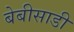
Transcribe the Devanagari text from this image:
बेबीसाडी